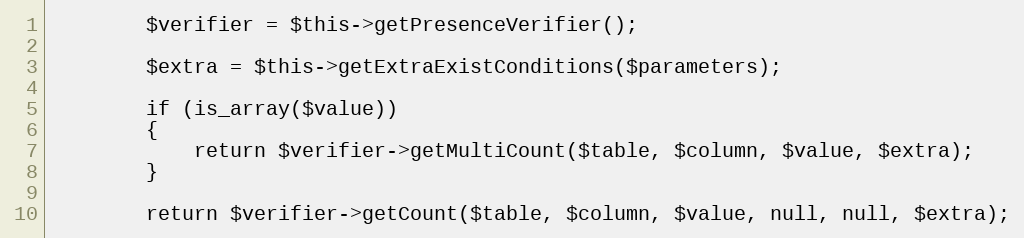
Language: PHP
		$verifier = $this->getPresenceVerifier();

		$extra = $this->getExtraExistConditions($parameters);

		if (is_array($value))
		{
			return $verifier->getMultiCount($table, $column, $value, $extra);
		}

		return $verifier->getCount($table, $column, $value, null, null, $extra);